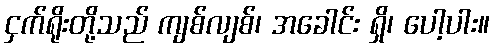
ငှက်ရိုးတို့သည် ကျစ်လျစ်၊ အခေါင်း ရှိ၊ ပေါ့ပါး။